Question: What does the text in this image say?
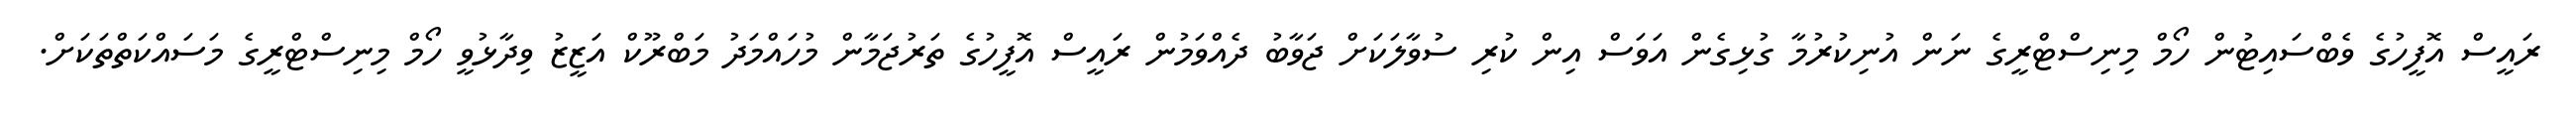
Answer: ރައީސް އޮފީހުގެ ވެބްސައިޓުން ހޯމް މިނިސްޓްރީގެ ނަން އުނިކުރުމާ ގުޅިގެން އަވަސް އިން ކުރި ސުވާލަކަށް ޖަވާބު ދެއްވަމުން ރައީސް އޮފީހުގެ ތަރުޖަމާން މުހައްމަދު މަބްރޫކް އަޒީޒު ވިދާޅުވީ ހޯމް މިނިސްޓްރީގެ މަސައްކަތްތަކަށް.